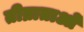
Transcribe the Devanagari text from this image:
तीव्राताओं